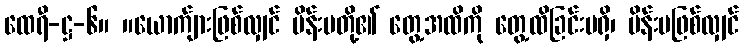
ထေရီ-ဋ္ဌ-၆။ ။ယောက်ျားဖြစ်လျှင် မိန်းမတို့၏ တွေ့အထိကို တွေ့ထိခြင်းမရှိ၊ မိန်းမဖြစ်လျှင်